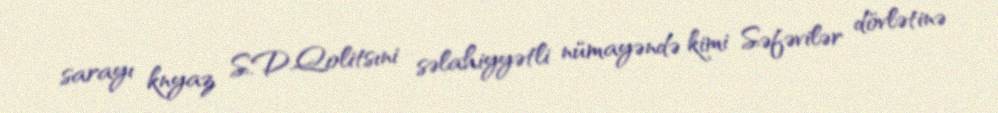
sarayı knyaz S.D.Qolitsıni səlahiyyətli nümayəndə kimi Səfəvilər dövlətinə